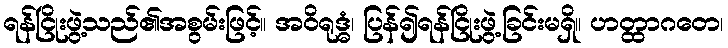
ရန်ငြိုးဖွဲ့သည်၏အစွမ်းဖြင့်။ အဝိရုဒ္ဓံ၊ ပြန်၍ရန်ငြိုးဖွဲ့ခြင်းမရှိ။ ဟတ္ထာဂတေ၊